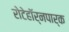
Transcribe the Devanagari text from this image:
रोटेहॉर्नपार्क